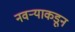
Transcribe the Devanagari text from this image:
नवऱ्याकडून